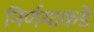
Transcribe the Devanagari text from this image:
निर्णयाकडे